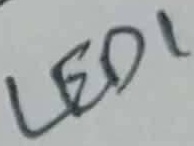
Text: LED1